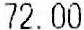
72.00